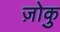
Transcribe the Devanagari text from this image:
ज़ोकु